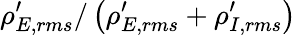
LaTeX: \rho_{E,rms}^{\prime}/\left(\rho_{E,rms}^{\prime}+\rho_{I,rms}^{\prime}\right)